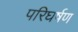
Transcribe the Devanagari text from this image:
परिघर्षण